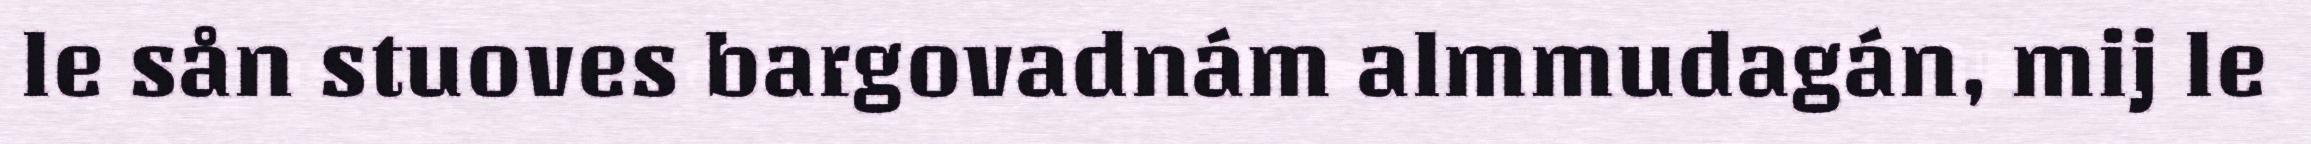
le sån stuoves bargovadnám almmudagán, mij le